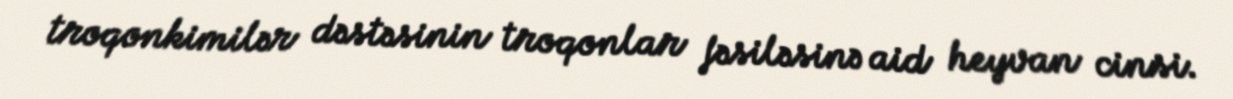
troqonkimilər dəstəsinin troqonlar fəsiləsinə aid heyvan cinsi.